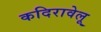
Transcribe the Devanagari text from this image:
कदिरावेलू